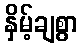
နှိမ့်ချစွာ